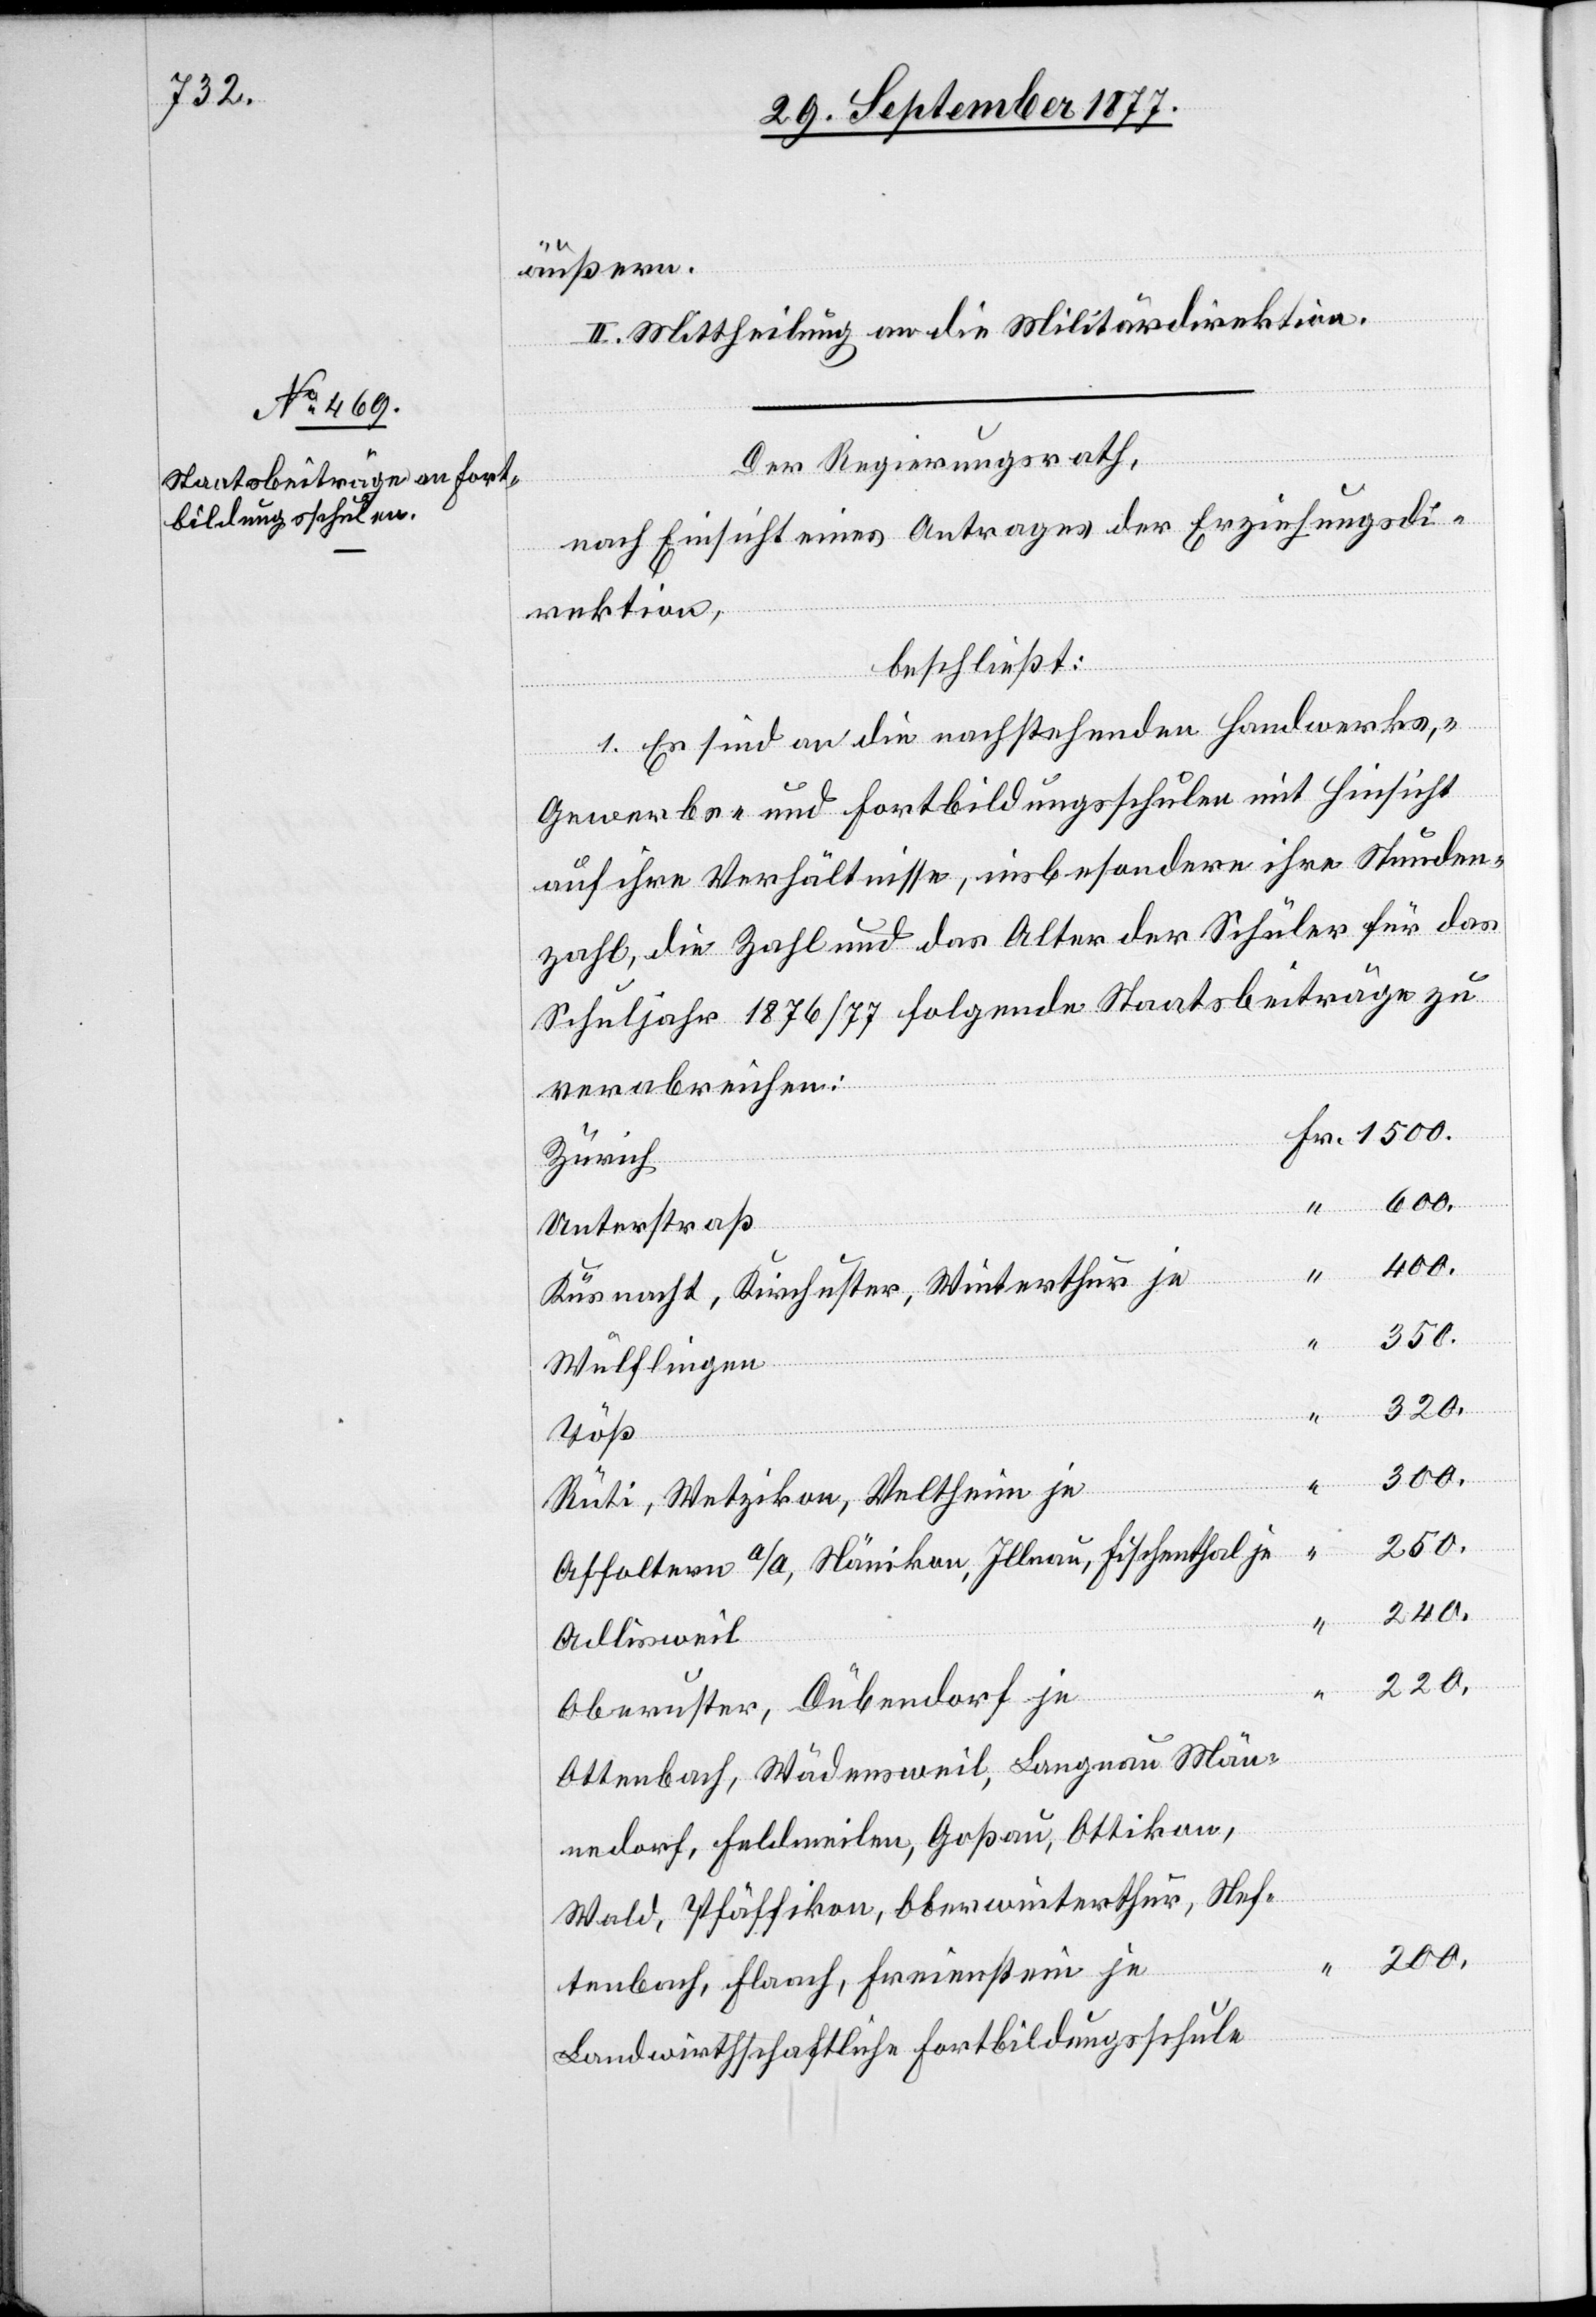
II. Mittheilung an die Militärdirektion.
Der Regierungsrath,
nach Einsicht eines Antrages der Erziehungsdi¬
rektion,
beschließt:
1. Es sind an die nachstehenden Handwerks-,
“
Gewerbs- und Fortbildungsschulen mit Hinsicht
auf ihre Verhältnisse, insbesondere ihre Stunden¬
zahl, die Zahl und das Alter der Schüler für das
Schuljahr 1876/77 folgende Staatsbeiträge zu
verabreichen:
Zürich
600.
Unterstraß
400.
Küsnacht, Kirchuster, Winterthur je
350.
Wülflingen
320.
240.
Töß
300.
Fr.
Rüti, Wetzikon, Veltheim je
250.
Affoltern a/A, Nänikon, Illnau, Fischenthal je
ßern.
Adlisweil
“
220.
Oberuster, Dübendorf je
Ottenbach, Wädensweil, Langnau[,] Män¬
nedorf, Feldmeilen, Goßau, Ottikon,
Wald, Pfäffikon, Oberwinterthur, Nef¬
200.
tenbach, Flaach, Freienstein je
Landwirthschaftliche Fortbildungsschule